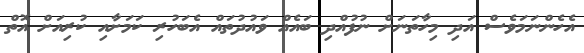
އެހެންނަމަވެސް އަދި މިހާތަނަށް ނުފުއްދި ބައެއް ވައުދުތައް އެބަހުރި ކަމަށާއި ކުރިއަށް އޮތް